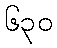
၆၃၀